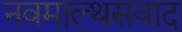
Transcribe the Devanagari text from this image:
नवमाल्थसवाद